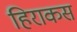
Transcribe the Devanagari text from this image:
हिराकस